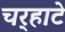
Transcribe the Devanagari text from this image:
चर्‍हाटे